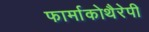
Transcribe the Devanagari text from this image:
फार्माकोथैरेपी